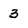
Character: 3